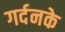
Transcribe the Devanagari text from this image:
गर्दनके